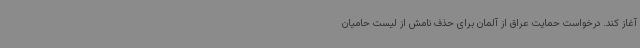
آغاز کند. درخواست حمایت عراق از آلمان برای حذف نامش از لیست حامیان